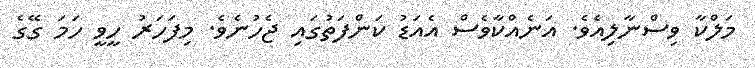
މަލްކާ ވިސްނާލިއެވެ. އަނެއްކާވެސް އެއަޑު ކަންފަތުގައި ޖެހުނެވެ. މިފަހަރު ހީވީ ހަމަ ގޭގެ